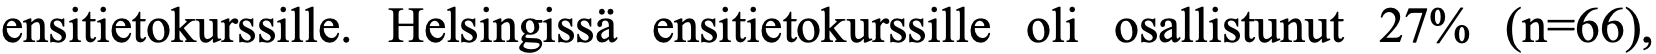
ensitietokurssille. Helsingissä ensitietokurssille oli osallistunut 27% (n=66),